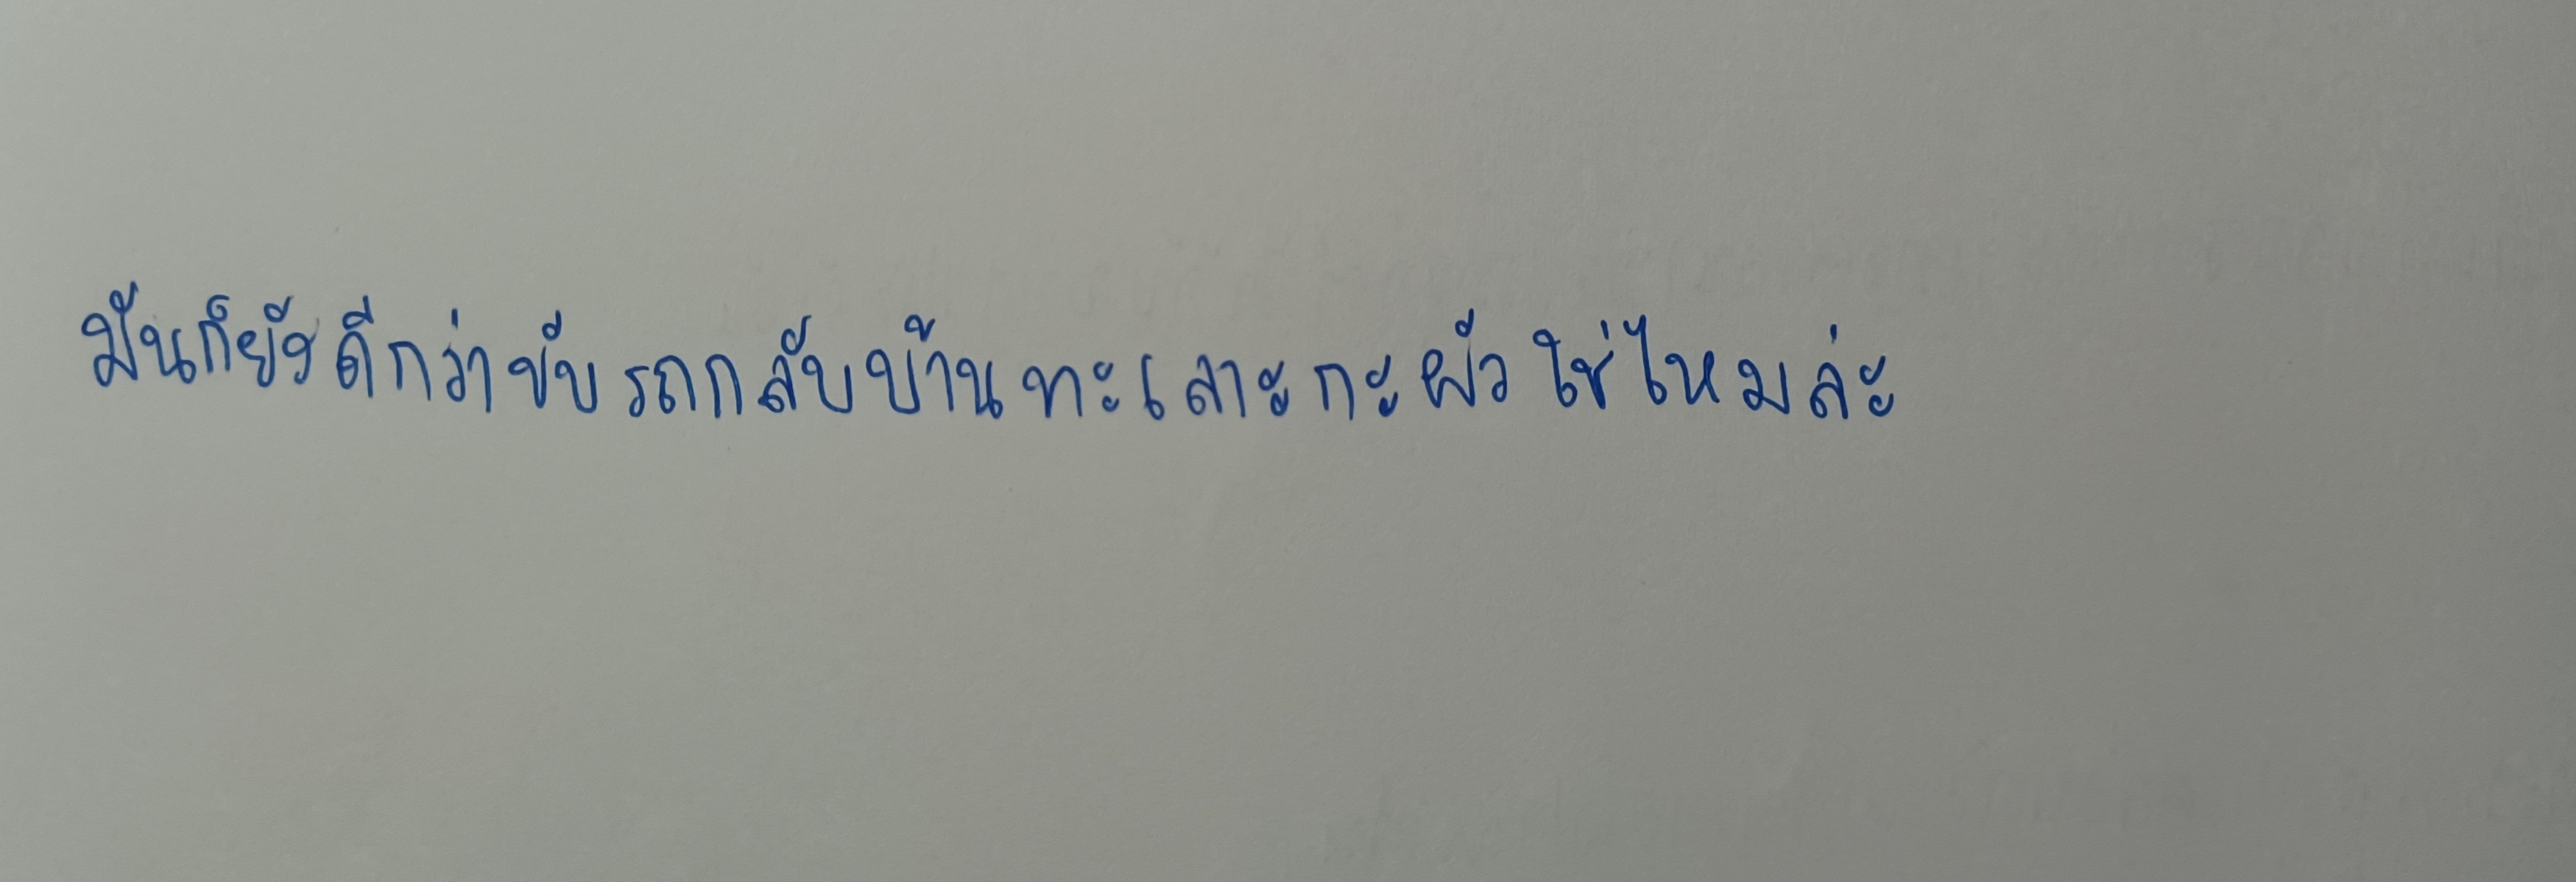
มันก็ยังดีกว่าขับรถกลับบ้านทะเลาะกะผัวใช่ไหมล่ะ